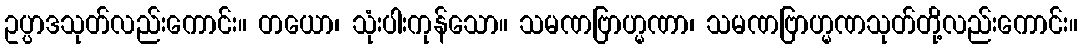
ဥပ္ပာဒသုတ်လည်းကောင်း။ တယော၊ သုံးပါးကုန်သော။ သမဏဗြာဟ္မဏာ၊ သမဏဗြာဟ္မဏသုတ်တို့လည်းကောင်း။